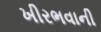
ખીરભવાની